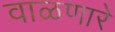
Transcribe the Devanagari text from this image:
वाळणारे